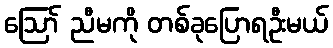
ဪ ညီမကို တစ်ခုပြောရဦးမယ်